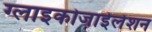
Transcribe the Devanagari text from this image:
ग्लाइकोजाईलेशन